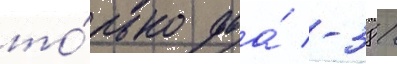
то́лько два́ -38 /